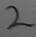
Text: 2